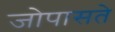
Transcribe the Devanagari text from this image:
जोपासते